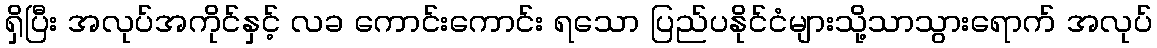
ရှိပြီး အလုပ်အကိုင်နှင့် လခ ကောင်းကောင်း ရသော ပြည်ပနိုင်ငံများသို့သာသွားရောက် အလုပ်